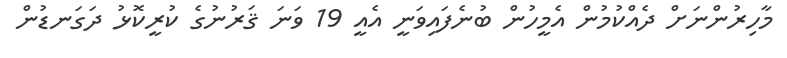
މާހިރުންނަށް ދެއްކުމުން އެމީހުން ބުނެފައިވަނީ އެއީ 19 ވަނަ ޤަރުނުގެ ކުރީކޮޅު ދަގަނޑުން